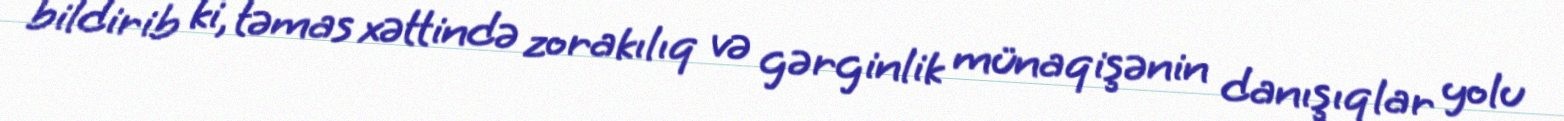
bildirib ki, təmas xəttində zorakılıq və gərginlik münaqişənin danışıqlar yolu